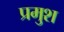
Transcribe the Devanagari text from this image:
प्रमुश